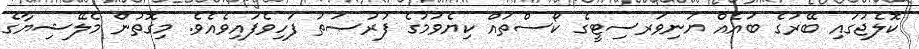
ކޮލެޖުގައި ބޭރުގެ ބައެއް ޔުނިވަރސިޓީގެ ކޯސްތައް ކިޔެވުމުގެ ފުރުޞަތު ފަހިވެފައިވެއެވެ. މިގޮތުން މެލޭޝިޔާގެ